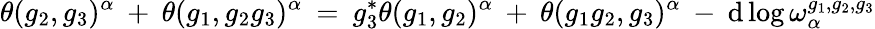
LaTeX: \theta(g_{2},g_{3})^{\alpha}\: +\: \theta(g_{1},g_{2}g_{3})^{\alpha}\: =\: g_{3}^{*}\theta(g_{1},g_{2})^{\alpha}\: +\: \theta(g_{1}g_{2},g_{3})^{\alpha}\: -\: \mathrm{d}\log\omega_{\alpha}^{g_{1},g_{2},g_{3}}